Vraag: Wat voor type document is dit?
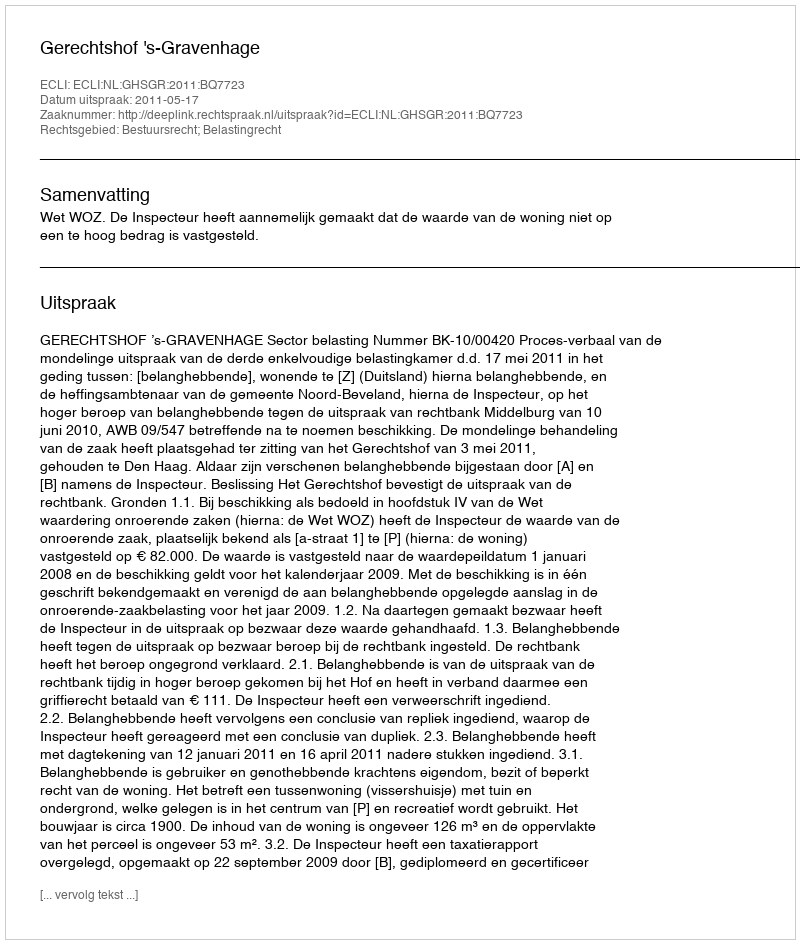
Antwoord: Uitspraak